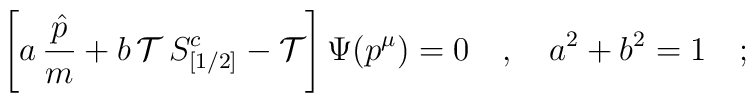
\left [a \,{\hat p \over m} + b \,{\cal T} \,S^c_{[1/2]}- {\cal T}\right ]\Psi (p^\mu) = 0\quad,\quad a^2 +b^2 =1\quad;